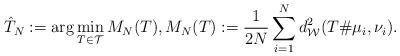
LaTeX: \begin{align*}{} \hat{T}_N:=\arg\min_{T \in \mathcal{T}} M_N(T), M_N(T):= \frac{1}{2N} \sum_{i=1}^N d^2_{\mathcal{W}}(T\# \mu_i,\nu_i).\end{align*}